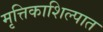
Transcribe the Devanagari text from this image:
मृत्तिकाशिल्पात